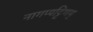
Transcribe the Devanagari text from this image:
नागप्पट्टिणम्